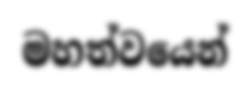
මහත්වයෙන්